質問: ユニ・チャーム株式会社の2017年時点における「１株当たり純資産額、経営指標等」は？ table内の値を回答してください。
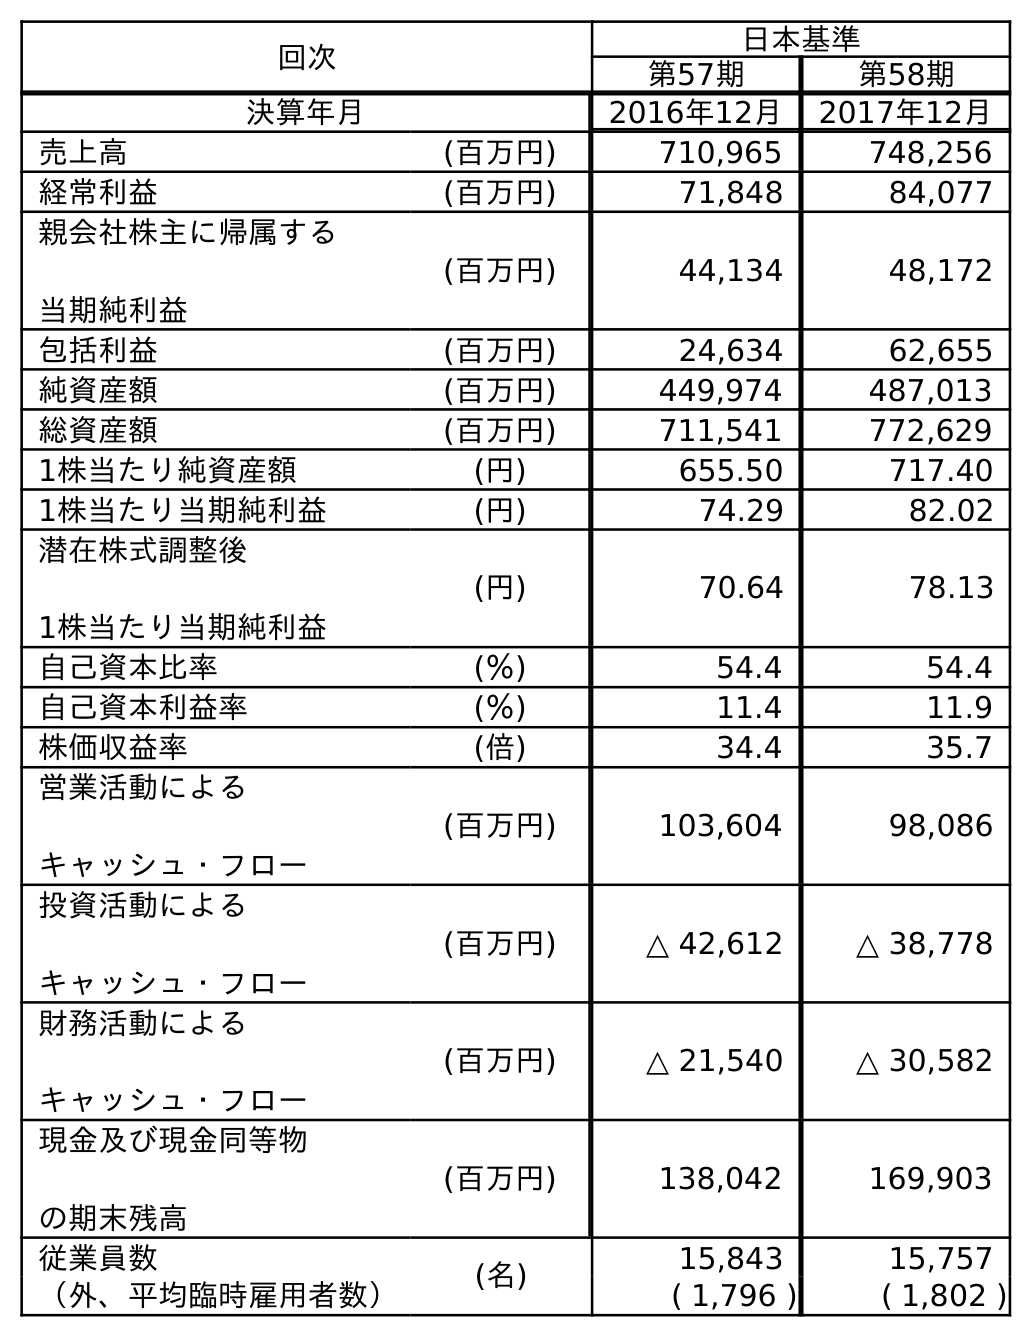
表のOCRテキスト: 回次 日本基準 第57期 第58期 決算年月 2016年12月 2017年12月 売上高 (百万円) 710,965 748,256 経常利益 (百万円) 71,848 84,077 親会社株主に帰属する 当期純利益 (百万円) 44,134 48,172 包括利益 (百万円) 24,634 62,655 純資産額 (百万円) 449,974 487,013 総資産額 (百万円) 711,541 772,629 1株当たり純資産額 (円) 655.50 717.40 1株当たり当期純利益 (円) 74.29 82.02 潜在株式調整後 1株当たり当期純利益 (円) 70.64 78.13 自己資本比率 (％) 54.4 54.4 自己資本利益率 (％) 11.4 11.9 株価収益率 (倍) 34.4 35.7 営業活動による キャッシュ・フロー (百万円) 103,604 98,086 投資活動による キャッシュ・フロー (百万円) △ 42,612 △ 38,778 財務活動による キャッシュ・フロー (百万円) △ 21,540 △ 30,582 現金及び現金同等物 の期末残高 (百万円) 138,042 169,903 従業員数 (名) 15,843 15,757 （外、平均臨時雇用者数） ( 1,796 ) ( 1,802 )
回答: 717.40